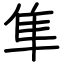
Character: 隼